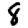
Digit: 8